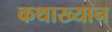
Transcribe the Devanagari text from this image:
कथाख्यान